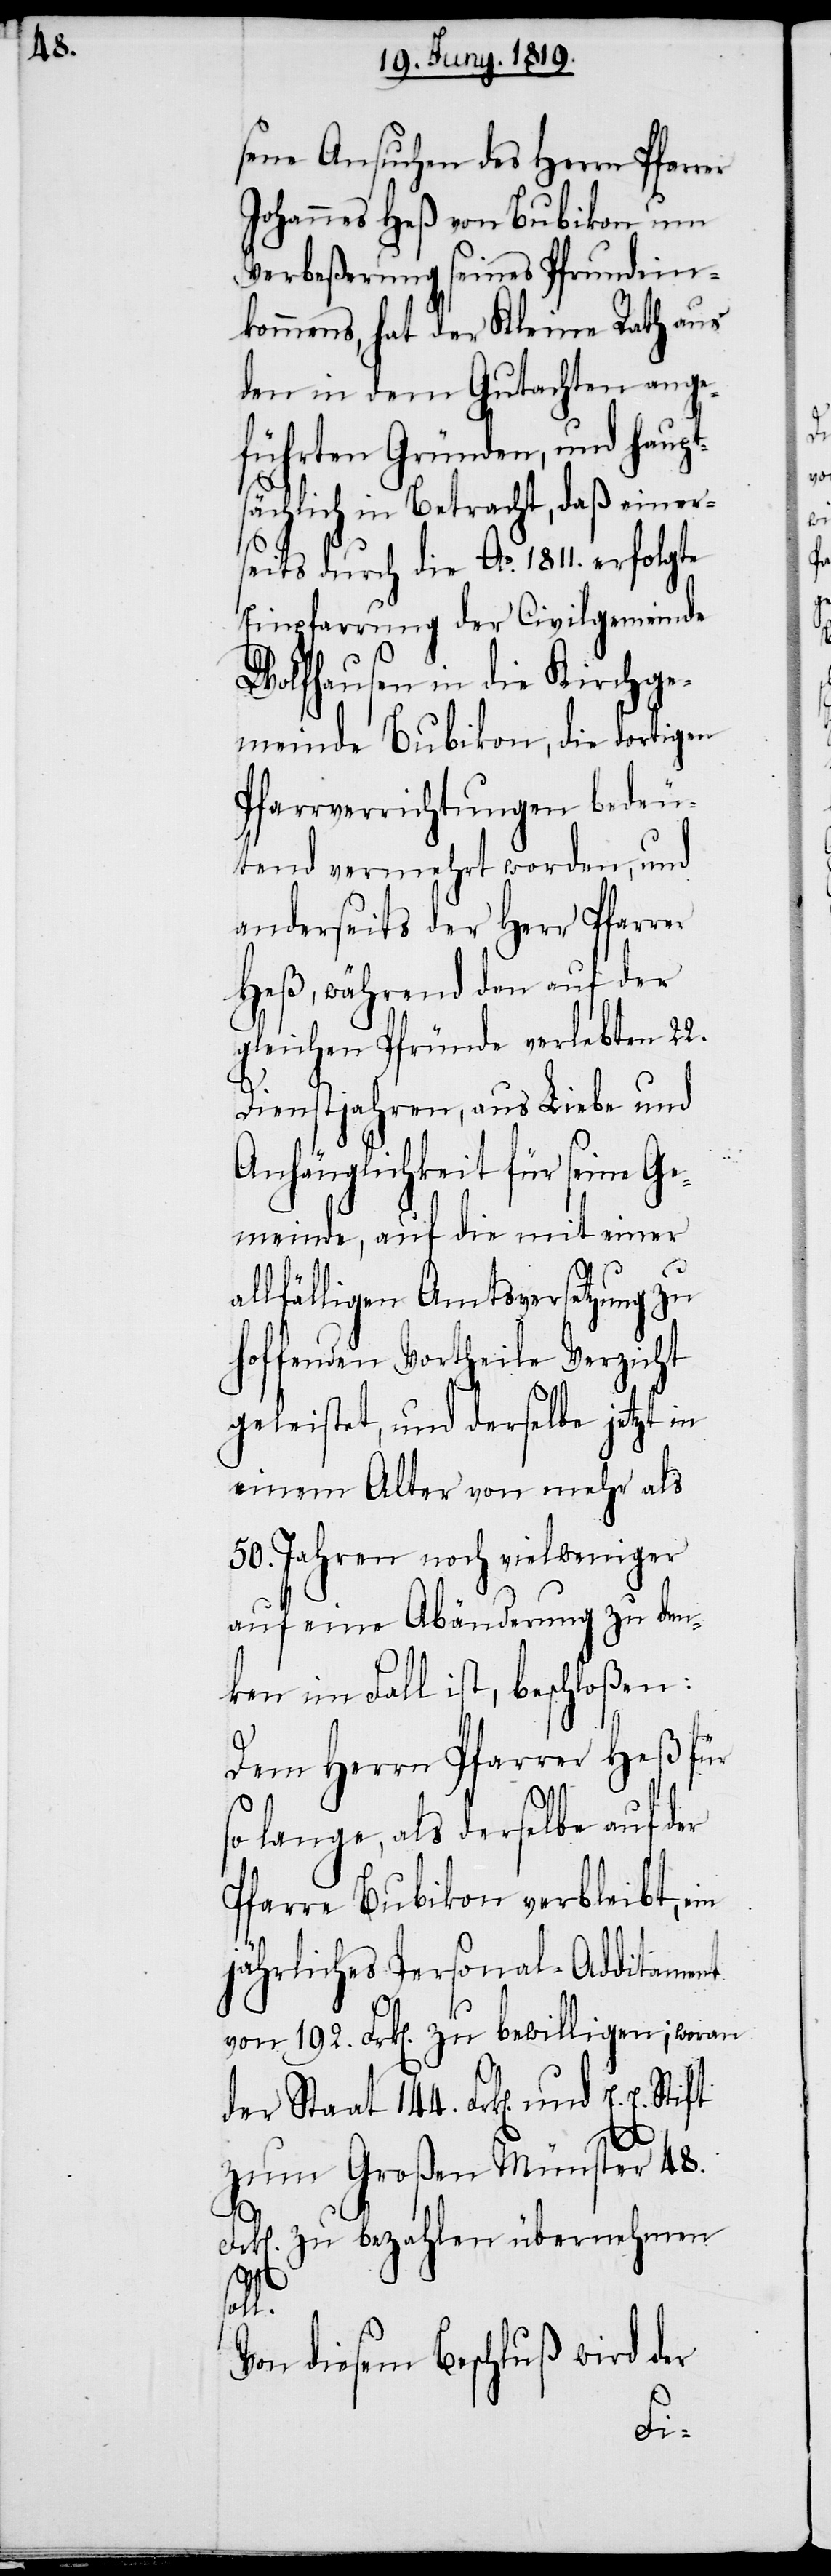
sene Ansuchen des Herrn Pfarrer
Johannes Heß von Bubikon um
Verbeßerung seines Pfrundein¬
kommens, hat der Kleine Rath aus
den in dem Gutachten ange¬
führten Gründen, und haupt¬
sächlich in Betracht, daß einer¬
seits durch die Ao. 1811. erfolgte
Einpfarrung der Civilgemeinde
Wolfhausen in die Kirchge¬
meinde Bubikon, die dortigen
Pfarrverrichtungen bedeu¬
tend vermehrt worden, und
anderseits der Herr Pfarrer
Heß, während den auf der
gleichen Pfründe verlebten
Dienstjahren, aus Liebe und
Anhänglichkeit für s¬
meinde, auf die mit
allfälligen Amtsver¬
hoffenden Vortheile Ver¬
geleistet, und derselbe
einem Alter von mehr als
50. Jahren noch vielweniger
auf eine Abänderung
ken im Fall ist, beschloßen:
Dem Herrn Pfarrer Heß für
lange, als derselbe auf der
Pfarre Bubikon verbleibt, ein
jährliches Personal-Additament
von 192. Frk[en]. zu bewilligen; woran
der Staat 144. Frk[en]. und
zum Großen Münster 48.
k[en]. zu bezahlen übernehmen
den¬
soll.
Von diesem Beschluß wird der
Fr¬